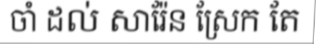
ចាំ ដល់ សារ៉ែន ស្រែក តែ